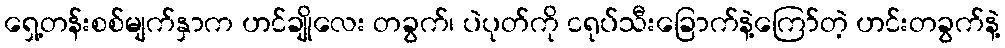
ရှေ့တန်းစစ်မျက်နှာက ဟင်ချိုလေး တခွက်၊ ပဲပုတ်ကို ငရုပ်သီးခြောက်နဲ့ကြော်တဲ့ ဟင်းတခွက်နဲ့